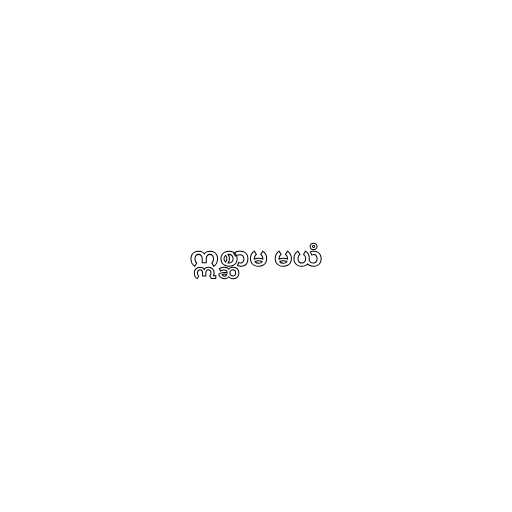
ဣစ္ဆာမ မယံ